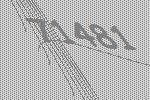
71481